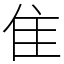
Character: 隹